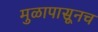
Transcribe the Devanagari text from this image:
मुळापासूनच